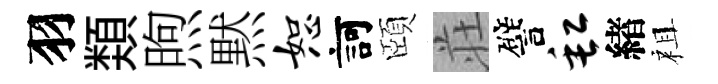
羽𩔖煦黙恕訶頤荘譬缸緖祖